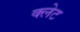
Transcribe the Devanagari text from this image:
क्लेट